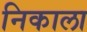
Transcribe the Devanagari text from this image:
निकाला